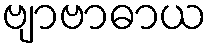
ဗျာဗာဓာယ